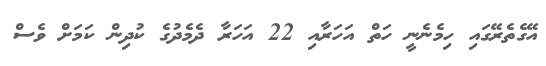
އޭގެތެރޭގައި ހިމެނެނީ ހަތް އަހަރާއި 22 އަހަރާ ދެމެދުގެ ކުދިން ކަމަށް ވެސް